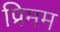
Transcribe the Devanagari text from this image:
प्रिमम